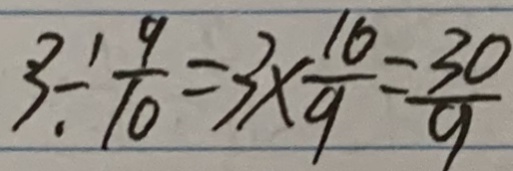
3 \div \frac { 9 } { 1 0 } = 3 \times \frac { 1 0 } { 9 } = \frac { 3 0 } { 9 }